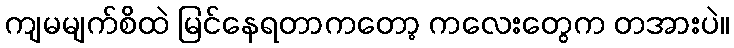
ကျမမျက်စိထဲ မြင်နေရတာကတော့ ကလေးတွေက တအားပဲ။